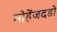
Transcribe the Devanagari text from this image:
मोहेंजदडो